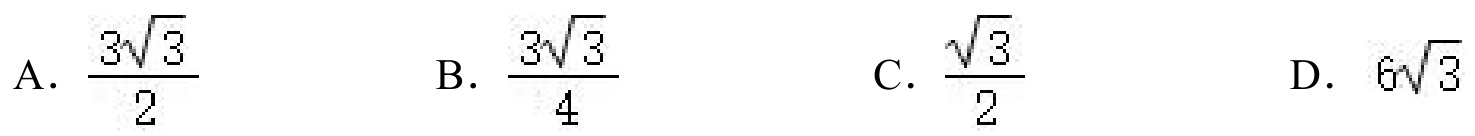
A. \(\frac{3\sqrt{3}}{2}\)
B. \(\frac{3\sqrt{3}}{4}\)
C. \(\frac{\sqrt{3}}{2}\)
D. \(6\sqrt{3}\)